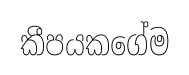
කීපයකගේම